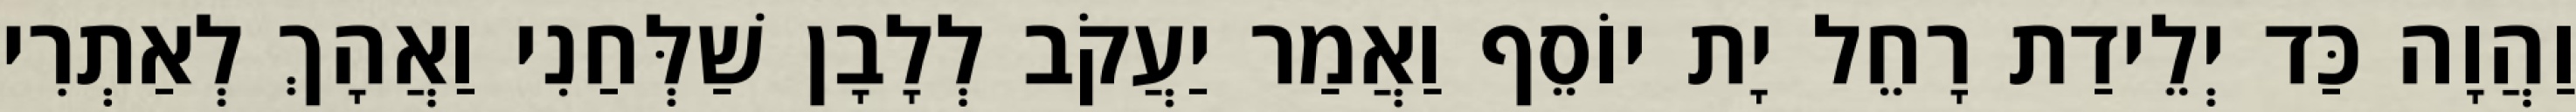
וַהֲוָה כַּד יְלֵידַת רָחֵל יָת יוֹסֵף וַאֲמַר יַעֲקֹב לְלָבָן שַׁלְּחַנִי וַאֲהָךְ לְאַתְרִי